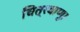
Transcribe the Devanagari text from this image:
चित्रवाणू।